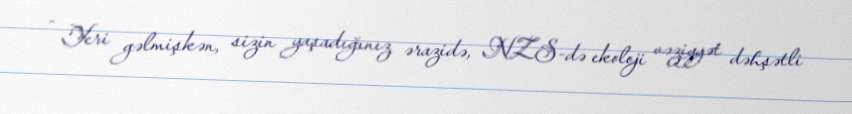
- Yeri gəlmişkən, sizin yaşadığınız ərazidə, NZS-də ekoloji vəziyyət dəhşətli